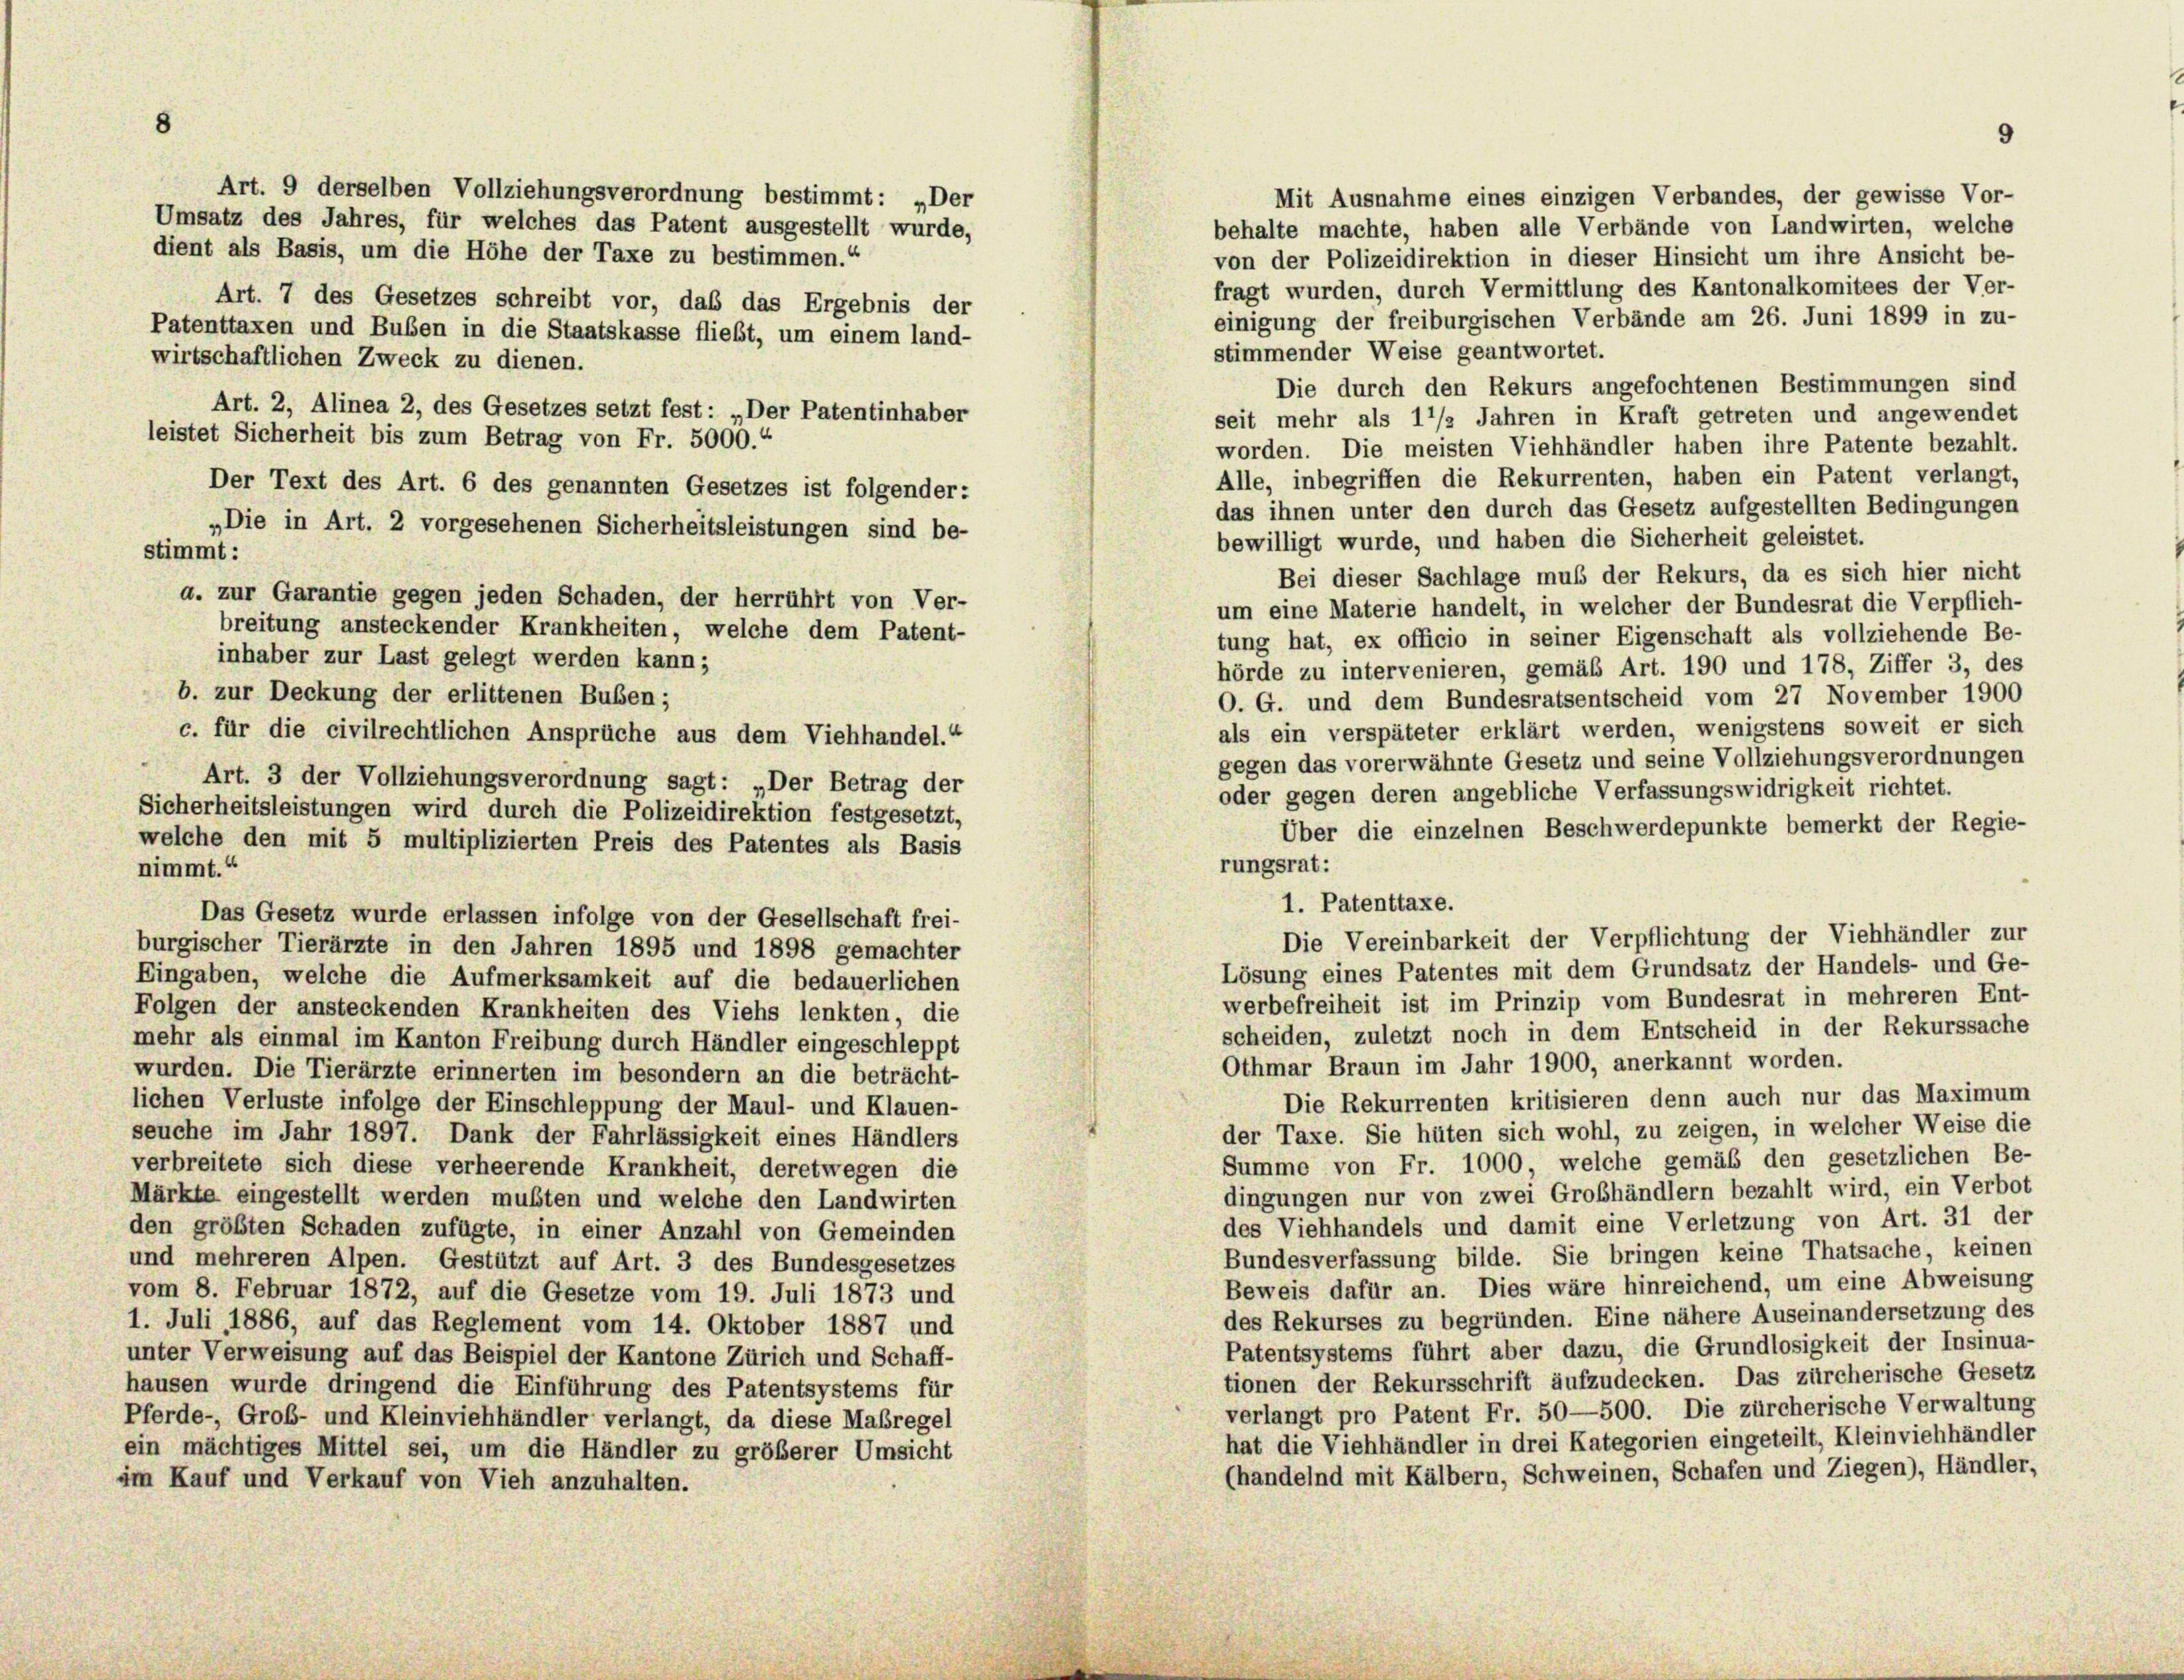
Mit Ausnahme eines einzigen Verbandes, der gewisse Vor-
Umsatz des Jahres, für welches das Patent ausgestellt wurde,
behalte machte, haben alle Verbände von Landwirten, welche
dient als Basis, um die Höhe der Taxe zu bestimmen.“
von der Polizeidirektion in dieser Hinsicht um ihre Ansicht be-
fragt wurden, durch Vermittlung des Kantonalkomitees der Ver-
einigung der freiburgischen Verbände am 26. Juni 1899 in zu-
Patenttaxen und Buben in die Staatskasse fließt, um einem land-
stimmender Weise geantwortet.
wirtschaftlichen Zweck zu dienen.
Die durch den Rekurs angefochtenen Bestimmungen sind
seit mehr als 1/2 Jahren in Kraft getreten und angewendet
leistet Sicherheit bis zum Betrag von Fr. 5000.“
worden. Die meisten Viehhändler haben ihre Patente bezahlt.
Alle, inbegriffen die Rekurrenten, haben ein Patent verlangt,
Der Text des Art. 6 des genannten Gesetzes ist folgender:
das ihnen unter den durch das Gesetz aufgestellten Bedingungen
„Die in Art. 2 vorgesehenen Sicherheitsleistungen sind be-
bewilligt wurde, und haben die Sicherheit geleistet.
stimmt:
Bei dieser Sachlage muß der Rekurs, da es sich hier nicht
a. zur Garantie gegen jeden Schaden, der herrührt von Ver-
um eine Materie handelt, in welcher der Bundesrat die Verpflich-
breitung ansteckender Krankheiten, welche dem Patent-
tung hat, ex officio in seiner Eigenschaft als vollziehende Be-
inhaber zur Last gelegt werden kann;
hörde zu intervenieren, gemäß Art. 190 und 178, Ziffer 3, des
b. zur Deckung der erlittenen Buben;
O. G. und dem Bundesratsentscheid vom 27 November 1900
als ein verspäteter erklärt werden, wenigstens soweit er sich
c. für die civilrechtlichen Ansprüche aus dem Viehhandel.“
gegen das vorerwähnte Gesetz und seine Vollziehungsverordnungen
Art. 3 der Vollziehungsverordnung sagt: „Der Betrag der
oder gegen deren angebliche Verfassungswidrigkeit richtet.
Sicherheitsleistungen wird durch die Polizeidirektion festgesetzt,
Über die einzelnen Beschwerdepunkte bemerkt der Regie-
welche den mit 5 multiplizierten Preis des Patentes als Basis
rungsrat:
nimmt.“
1. Patenttaxe.
Das Gesetz wurde erlassen infolge von der Gesellschaft frei-
Die Vereinbarkeit der Verpflichtung der Viehhändler zur
burgischer Tierärzte in den Jahren 1895 und 1898 gemachter
Lösung eines Patentes mit dem Grundsatz der Handels- und Ge-
Eingaben, welche die Aufmerksamkeit auf die bedauerlichen
werbefreiheit ist im Prinzip vom Bundesrat in mehreren Ent-
Folgen der ansteckenden Krankheiten des Viehs lenkten, die
scheiden, zuletzt noch in dem Entscheid in der Rekurssache
mehr als einmal im Kanton Freibung durch Händler eingeschleppt
Othmar Braun im Jahr 1900, anerkannt worden.
wurden. Die Tierärzte erinnerten im besondern an die beträcht-
Die Rekurrenten kritisieren denn auch nur das Maximum
lichen Verluste infolge der Einschleppung der Maul- und Klauen-
der Taxe. Sie hüten sich wohl, zu zeigen, in welcher Weise die
seuche im Jahr 1897. Dank der Fahrlässigkeit eines Händlers
Summe von Fr. 1000, welche gemäß den gesetzlichen Be-
verbreitete sich diese verheerende Krankheit, deretwegen die
dingungen nur von zwei Großhändlern bezahlt wird, ein Verbot
Märkte eingestellt werden mußten und welche den Landwirten
des Viehhandels und damit eine Verletzung von Art. 31 der
den größten Schaden zufügte, in einer Anzahl von Gemeinden
Bundesverfassung bilde. Sie bringen keine Thatsache, keinen
und mehreren Alpen. Gestützt auf Art. 3 des Bundesgesetzes
Beweis dafür an. Dies wäre hinreichend, um eine Abweisung
vom 8. Februar 1872, auf die Gesetze vom 19. Juli 1873 und
des Rekurses zu begründen. Eine nähere Auseinandersetzung des
1. Juli 1886, auf das Reglement vom 14. Oktober 1887 und
Patentsystems führt aber dazu, die Grundlosigkeit der Insinua-
unter Verweisung auf das Beispiel der Kantone Zürich und Schaff-
tionen der Rekursschrift aufzudecken. Das zürcherische Gesetz
hausen wurde dringend die Einführung des Patentsystems für
verlangt pro Patent Fr. 50—500. Die zürcherische Verwaltung
Pferde-, Groß- und Kleinviehhändler verlangt, da diese Maßregel
hat die Viehhändler in drei Kategorien eingeteilt, Kleinviehhändler
ein mächtiges Mittel sei, um die Händler zu größerer Umsicht
(handelnd mit Kälbern, Schweinen, Schafen und Ziegen), Händler,
im Kauf und Verkauf von Vieh anzuhalten.

Art. 9 derselben Vollziehungsverordnung bestimmt: „Der
Art. 7 des Gesetzes schreibt vor, das das Ergebnis der
Art. 2, Alinea 2, des Gesetzes setzt fest: „Der Patentinhaber